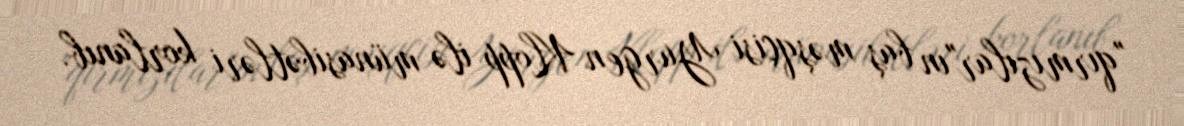
"qırmızılar"ın baş məşqçisi Yurgen Klopp ilə münasibətləri korlanıb.